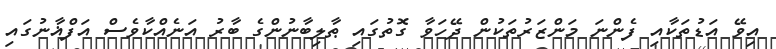
އިވޭ އަޑުތަކާއި ފެންނަ މަންޒަރުތަކުން ދޭހަވާ ގޮތުގައި ޠާލިބާނުންގެ ބާރު އަނެއްކާވެސް އަފްޣާނުގައި